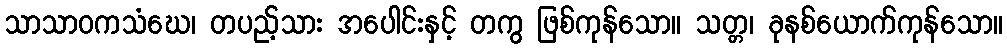
သာသာဝကသံဃေ၊ တပည့်သား အပေါင်းနှင့် တကွ ဖြစ်ကုန်သော။ သတ္တ၊ ခုနစ်ယောက်ကုန်သော။